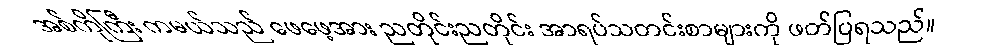
အစ်ကိုကြီး ကမယ်သည် ဖေဖေ့အား ညတိုင်းညတိုင်း အာရပ်သတင်းစာများကို ဖတ်ပြရသည်။